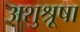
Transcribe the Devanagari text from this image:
अशुश्रूषा